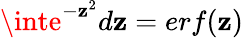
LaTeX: \inte^{-\mathbf{z}^{2}}d\mathbf{z}=erf(\mathbf{z})